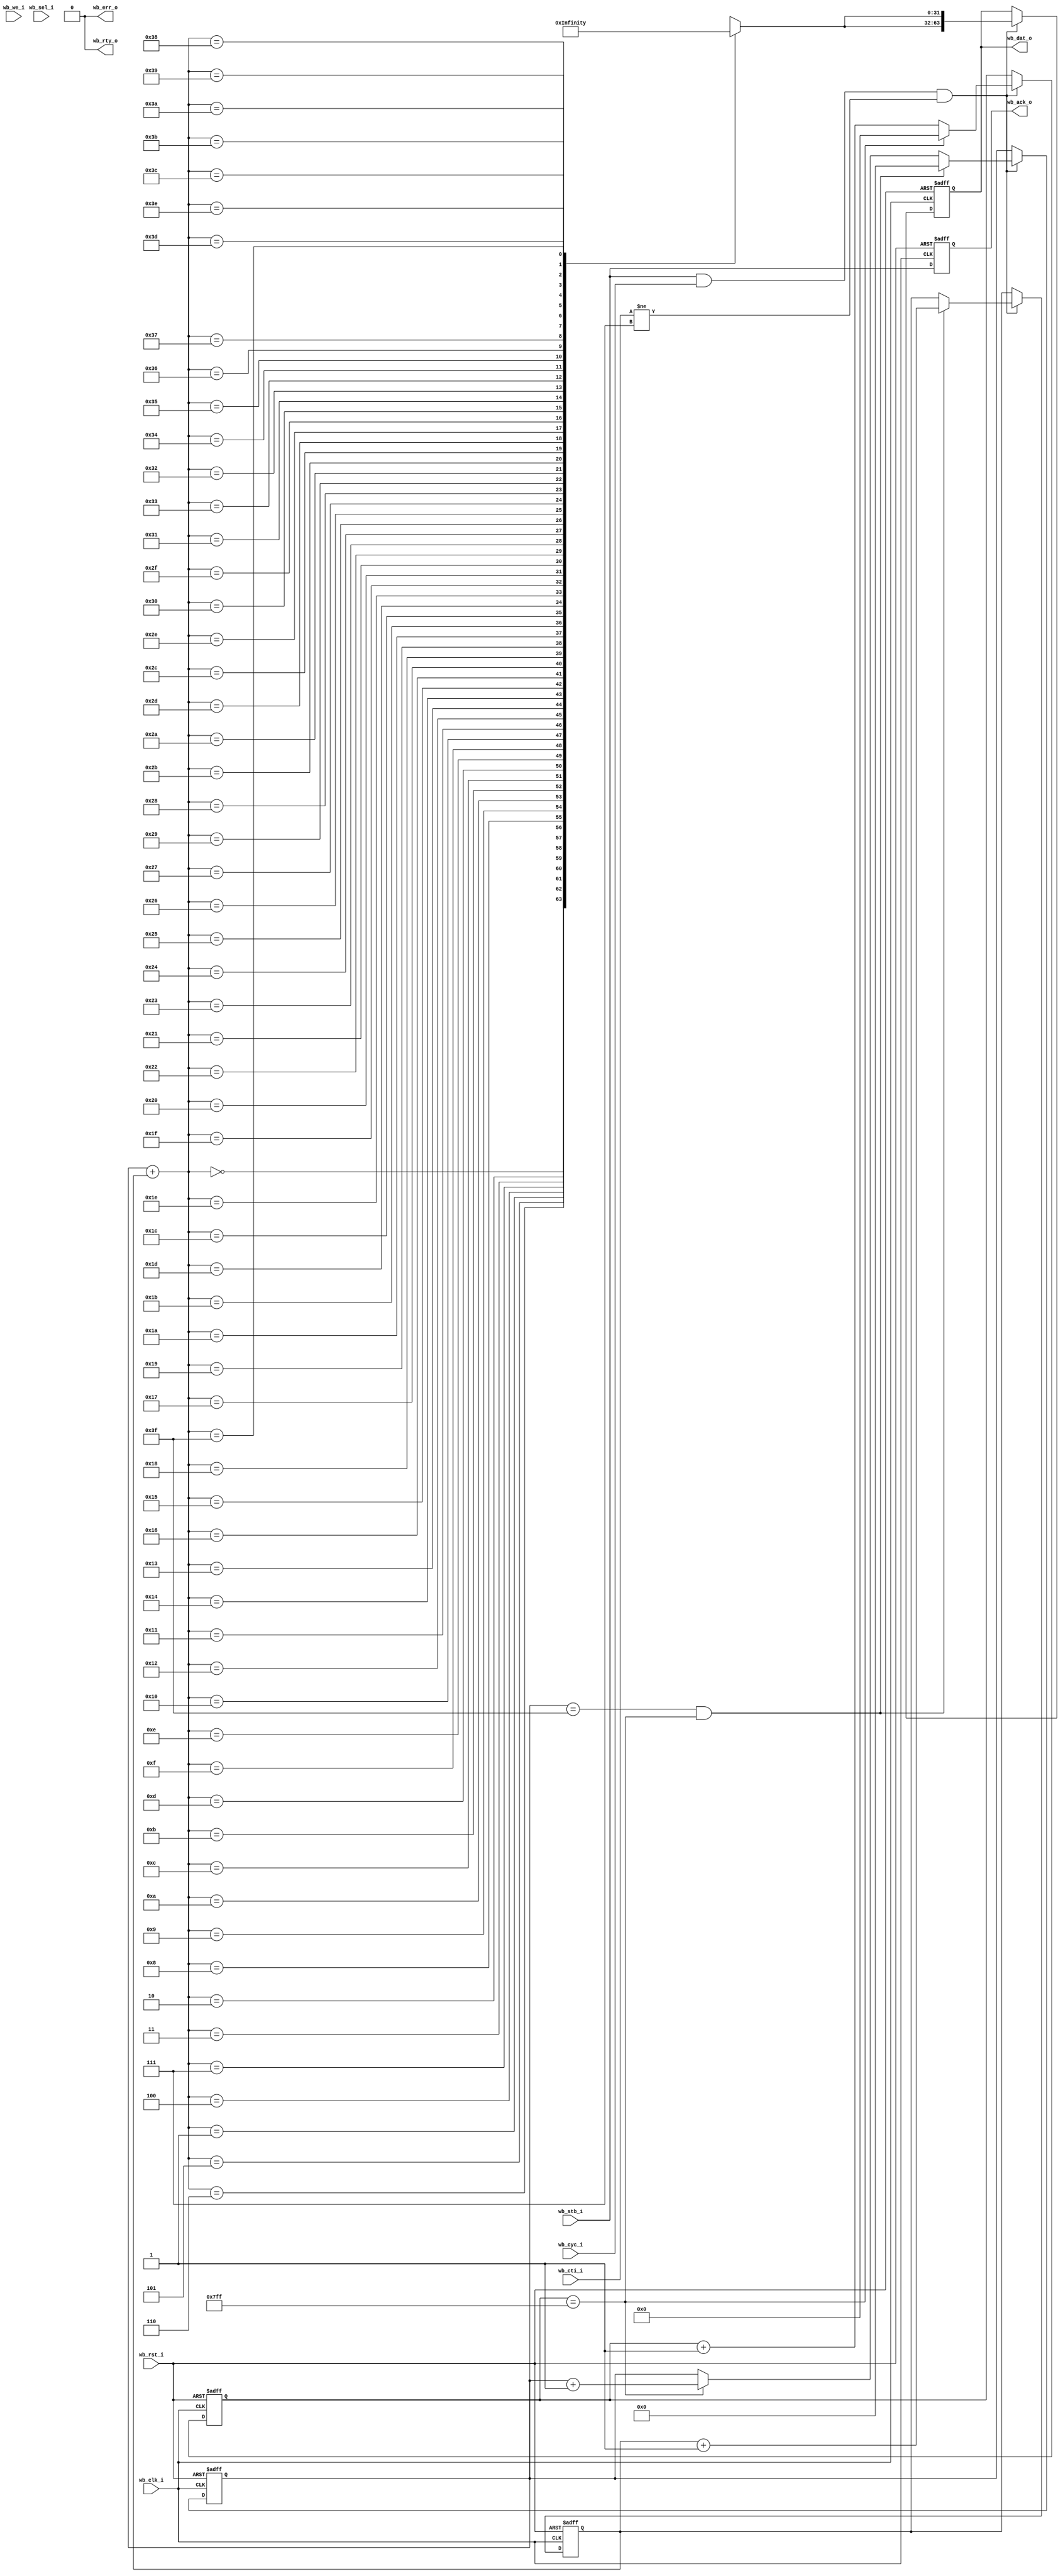
// $Id: wbs_colorbar.v,v 1.1.1.1 2008/07/01 17:34:23 jfreed Exp $

module wbs_colorbar(
   wb_clk_i
  ,wb_rst_i  
  ,wb_cyc_i  
  ,wb_cti_i
  ,wb_sel_i
  ,wb_stb_i
  ,wb_we_i
  ,wb_dat_o
  ,wb_ack_o
  ,wb_err_o
  ,wb_rty_o  
);


input         wb_clk_i;
input         wb_rst_i;

input         wb_cyc_i; // Bus Enable Signal
input  [ 7:0] wb_sel_i; // Byte Enables
input         wb_stb_i; // Data Is Valid
input [2:0]   wb_cti_i;
input         wb_we_i;  // Write Enable

output [63:0] wb_dat_o; // Output Data
output        wb_ack_o; // Validate current bus cycle
output        wb_err_o; // Errored Cycle
output        wb_rty_o; // Retry Cycle

reg           wb_ack_p;
reg [63:0] wb_dat_o;

wire [31:0] array [0:63]; 
`ifdef CB_SIM
assign array[ 0] =  32'd0 ;
assign array[ 1] =  32'd1 ;
assign array[ 2] =  32'd2 ;
assign array[ 3] =  32'd3 ;
assign array[ 4] =  32'd4 ;
assign array[ 5] =  32'd5 ;
assign array[ 6] =  32'd6 ;
assign array[ 7] =  32'd7 ;
assign array[ 8] =  32'd8 ;
assign array[ 9] =  32'd9 ;
assign array[10] =  32'd10;
assign array[11] =  32'd11;
assign array[12] =  32'd12;
assign array[13] =  32'd13;
assign array[14] =  32'd14;
assign array[15] =  32'd15;
assign array[16] =  32'd16;
assign array[17] =  32'd17;
assign array[18] =  32'd18;
assign array[19] =  32'd19;
assign array[20] =  32'd20;
assign array[21] =  32'd21;
assign array[22] =  32'd22;
assign array[23] =  32'd23;
assign array[24] =  32'd24;
assign array[25] =  32'd25;
assign array[26] =  32'd26;
assign array[27] =  32'd27;
assign array[28] =  32'd28;
assign array[29] =  32'd29;
assign array[30] =  32'd30;
assign array[31] =  32'd31;
assign array[32] =  32'd32;
assign array[33] =  32'd33;
assign array[34] =  32'd34;
assign array[35] =  32'd35;
assign array[36] =  32'd36;
assign array[37] =  32'd37;
assign array[38] =  32'd38;
assign array[39] =  32'd39;
assign array[40] =  32'd40;
assign array[41] =  32'd41;
assign array[42] =  32'd42;
assign array[43] =  32'd43;
assign array[44] =  32'd44;
assign array[45] =  32'd45;
assign array[46] =  32'd46;
assign array[47] =  32'd47;
assign array[48] =  32'd48;
assign array[49] =  32'd49;
assign array[50] =  32'd50;
assign array[51] =  32'd51;
assign array[52] =  32'd52;
assign array[53] =  32'd53;
assign array[54] =  32'd54;
assign array[55] =  32'd55;
assign array[56] =  32'd56;
assign array[57] =  32'd57;
assign array[58] =  32'd58;
assign array[59] =  32'd59;
assign array[60] =  32'd60;
assign array[61] =  32'd61;
assign array[62] =  32'd62;
assign array[63] =  32'd63;
`else
assign array[ 0] =  32'h000000ff;
assign array[ 1] =  32'h00000ef3;
assign array[ 2] =  32'h00001ce7;
assign array[ 3] =  32'h000028db;
assign array[ 4] =  32'h000034cf;
assign array[ 5] =  32'h000040c3;
assign array[ 6] =  32'h00004cb7;
assign array[ 7] =  32'h000058ab;
assign array[ 8] =  32'h0000649f;
assign array[ 9] =  32'h00007093;
assign array[10] =  32'h00007c87;
assign array[11] =  32'h0000887b;
assign array[12] =  32'h0000946f;
assign array[13] =  32'h0000a063;
assign array[14] =  32'h0000ac57;
assign array[15] =  32'h0000b84b;
assign array[16] =  32'h0000c43f;
assign array[17] =  32'h0000d033;
assign array[18] =  32'h0000dc27;
assign array[19] =  32'h0000e81b;
assign array[20] =  32'h0000f40f;
assign array[21] =  32'h0000ff00;
assign array[22] =  32'h000ef300;
assign array[23] =  32'h001ce700;
assign array[24] =  32'h0028db00;
assign array[25] =  32'h0034cf00;
assign array[26] =  32'h0040c300;
assign array[27] =  32'h004cb700;
assign array[28] =  32'h0058ab00;
assign array[29] =  32'h00649f00;
assign array[30] =  32'h00709300;
assign array[31] =  32'h007c8700;
assign array[32] =  32'h00887b00;
assign array[33] =  32'h00946f00;
assign array[34] =  32'h00a06300;
assign array[35] =  32'h00ac5700;
assign array[36] =  32'h00b84b00;
assign array[37] =  32'h00c43f00;
assign array[38] =  32'h00d03300;
assign array[39] =  32'h00dc2700;
assign array[40] =  32'h00e81b00;
assign array[41] =  32'h00f40f00;
assign array[42] =  32'h00ff0300;
assign array[43] =  32'h00ff0000;
assign array[44] =  32'h00f3000e;
assign array[45] =  32'h00e7001c;
assign array[46] =  32'h00db0028;
assign array[47] =  32'h00cf0034;
assign array[48] =  32'h00c30040;
assign array[49] =  32'h00b7004c;
assign array[50] =  32'h00ab0058;
assign array[51] =  32'h009f0064;
assign array[52] =  32'h00930070;
assign array[53] =  32'h0087007c;
assign array[54] =  32'h007b0088;
assign array[55] =  32'h006f0094;
assign array[56] =  32'h006300a0;
assign array[57] =  32'h005700ac;
assign array[58] =  32'h004b00b8;
assign array[59] =  32'h003f00c4;
assign array[60] =  32'h003300d0;
assign array[61] =  32'h002700dc;
assign array[62] =  32'h001b00e8;
assign array[63] =  32'h000f00f4;
`endif


reg [10:0] j;
reg [5:0] i, k;
reg wb_cti_p;

assign wb_err_o = 1'b0;
assign wb_rty_o = 1'b0;

`ifdef CB_SIM
parameter [10:0] color_repeat = 11'd7;
parameter [5:0] color_rows = 11'd7;
`else
parameter [10:0] color_repeat = 11'd2047; // 256*8=2048
parameter [5:0] color_rows = 6'd63;
`endif


always @(posedge wb_rst_i or posedge wb_clk_i) 
begin
  if (wb_rst_i) 
  begin
    wb_dat_o <= 64'd0;        
    wb_ack_p <= 1'b0;  
    wb_cti_p <= 1'b0;  
    i <= 6'd0;
    k <= 6'd0;
    j <= 11'd0;
  end
  else  
  begin
        
    wb_ack_p <= wb_stb_i;
    
    if (wb_stb_i && wb_cyc_i && (wb_cti_i != 3'b111))// && ~wb_cti_p)
    begin    
`ifdef CB_SIM
      wb_dat_o <= {32'd0, array[i+k]};            
`else
      wb_dat_o <= {array[i+k], array[i+k]};            
`endif
      wb_cti_p <= 1'b0;
    
      
      if (j==color_repeat)  
      begin
        j <= 11'd0;
        i <= i + 1;
      end
      else
        j <= j + 1;
        
      if (i==color_rows && j==color_repeat)
      begin
        i <= 6'd0;        
        k <= k + 1;
      end
    
    end
    else if (wb_stb_i && wb_cyc_i)
    begin    
       wb_cti_p <= (wb_cti_i == 3'b111) & wb_ack_p;       
    end
    
    
  end
end
       
assign wb_ack_o = wb_ack_p ;//&& wb_stb_i;
  

endmodule